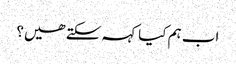
اب ہم کیا کہہ سکتے ھیں؟